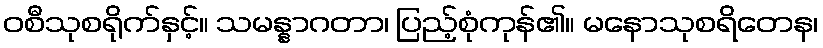
ဝစီသုစရိုက်နှင့်။ သမန္နာဂတာ၊ ပြည့်စုံကုန်၏။ မနောသုစရိတေန၊